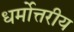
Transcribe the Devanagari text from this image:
धर्मोत्तरीय